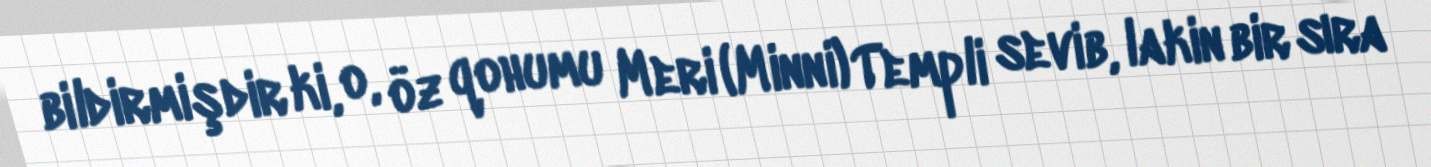
bildirmişdir ki, o, öz qohumu Meri (Minni) Templi sevib, lakin bir sıra